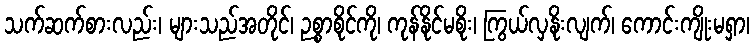
သက်ဆက်စားလည်း၊ များသည်အတိုင်၊ ဉစ္စာစိုင်ကို၊ ကုန်နိုင်မစိုး၊ ကြွယ်လှနိုးလျက်၊ ကောင်းကျိုးမရှာ၊